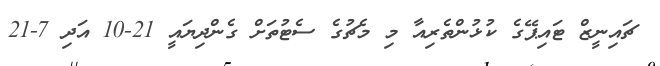
ޗައިނީޒް ޓައިޕޭގެ ކުޅުންތެރިއާ މި މެޗުގެ ސެޓުތަށް ގެންދިޔައީ 21-10 އަދި 7-21